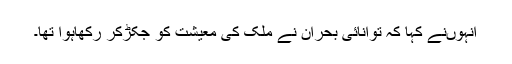
انہوںنے کہا کہ توانائی بحران نے ملک کی معیشت کو جکڑکر رکھاہوا تھا۔